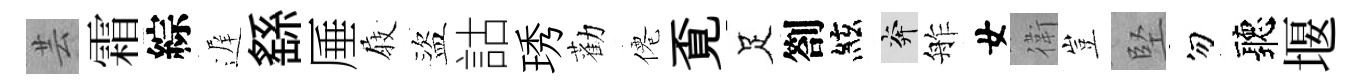
芸霜綜遅繇厜𡲆盜詁琇勸僊覔足劄絃奔舴女衛豈堅勿聽堰